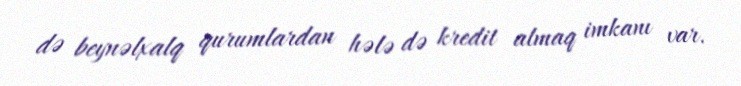
də beynəlxalq qurumlardan hələ də kredit almaq imkanı var.